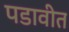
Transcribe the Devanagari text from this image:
पडावीत